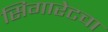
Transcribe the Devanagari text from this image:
सिगारेटचा